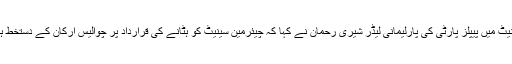
سینیٹ میں پیپلز پارٹی کی پارلیمانی لیڈر شیری رحمان نے کہا کہ چیئرمین سینیٹ کو ہٹانے کی قرارداد پر چوالیس ارکان کے دستخط ہیں۔